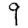
Digit: 9